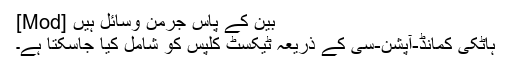
[Mod] بین کے پاس جرمن وسائل ہیں
ہاٹکی کمانڈ-آپشن-سی کے ذریعہ ٹیکسٹ کلپس کو شامل کیا جاسکتا ہے۔